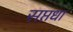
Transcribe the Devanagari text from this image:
सप्तधा